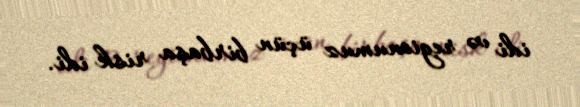
idi və regionumuz üçün birbaşa risk idi.